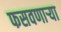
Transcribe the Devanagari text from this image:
फसवणार्‍या